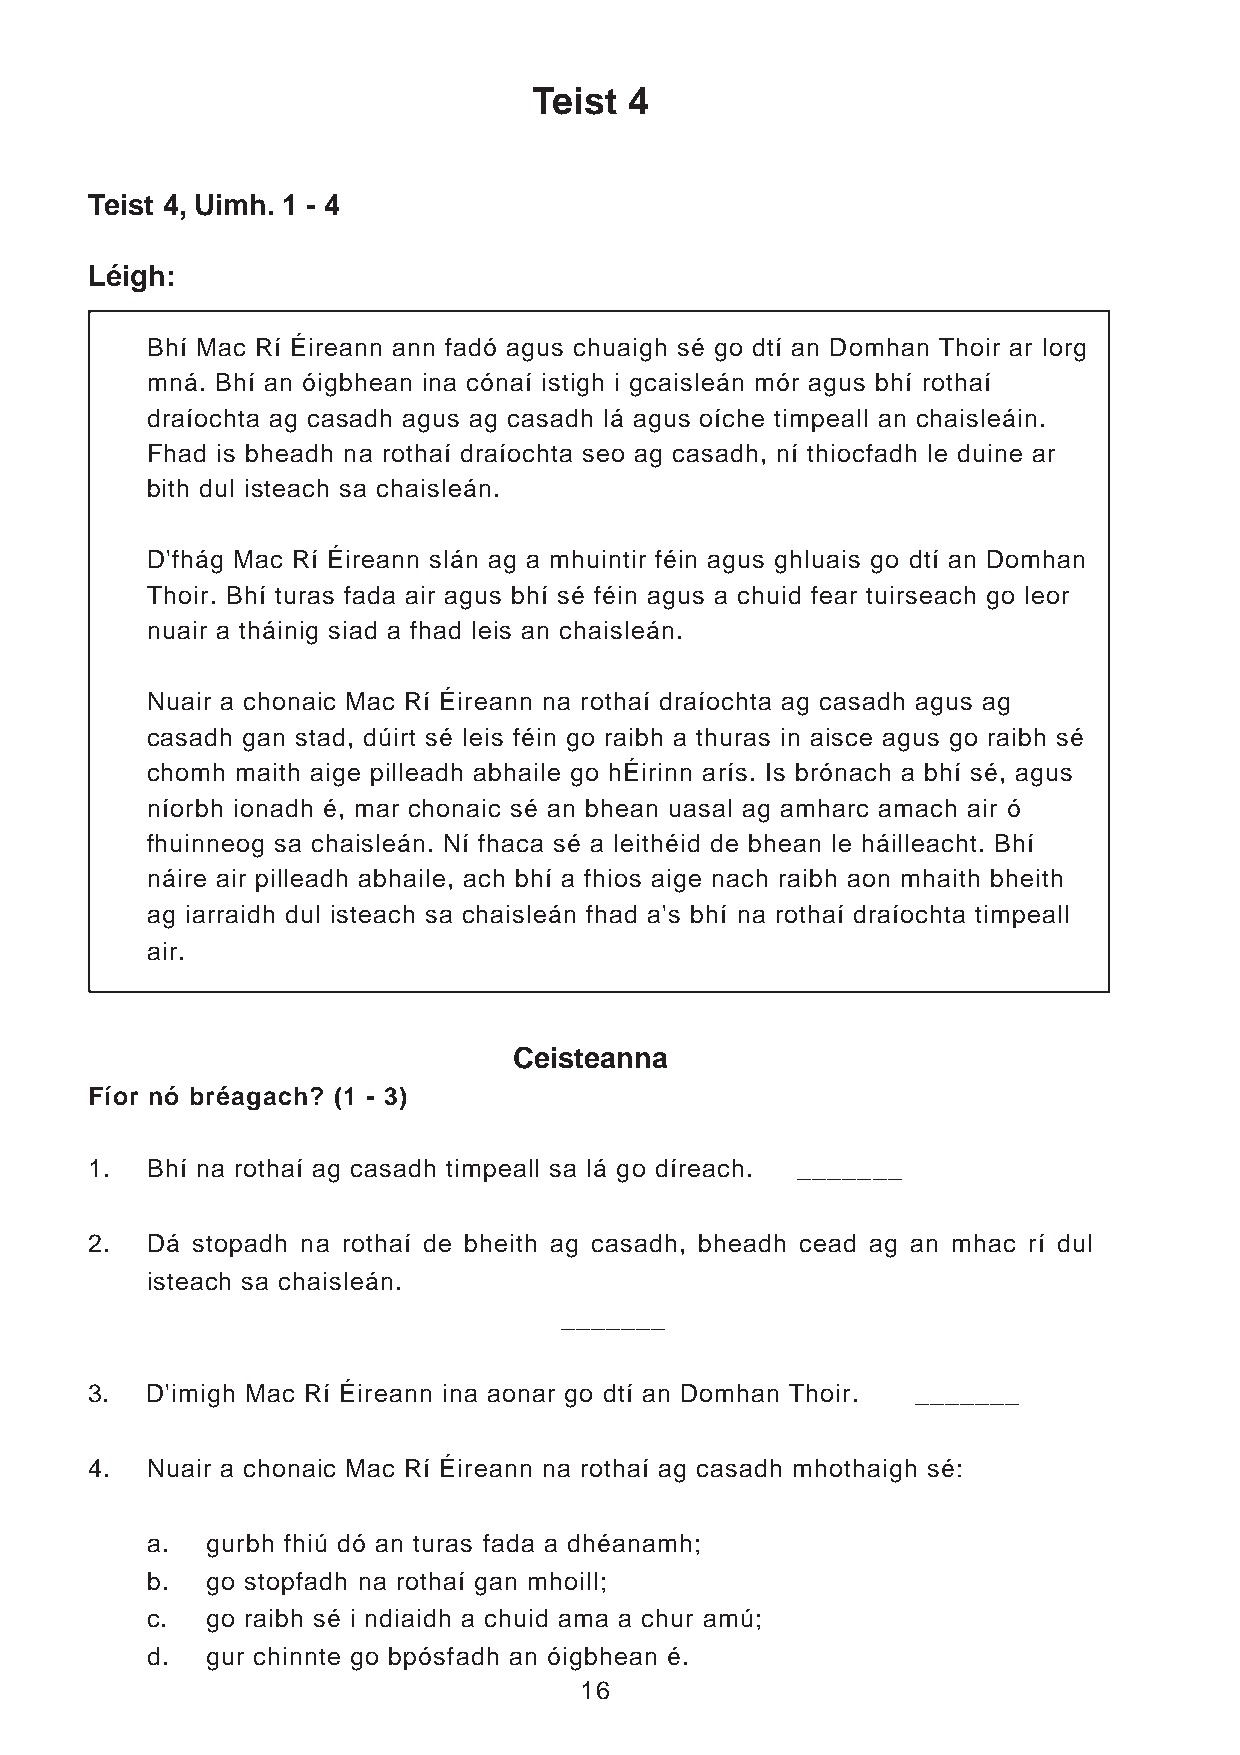
Teist  4
 Teist 4, Uimh. 1 - 4
 Léigh:
 Bhí Mac Rí Éireann ann fadó agus chuaigh sé go dtí an Domhan Thoir ar lorg
 mná. Bhí an óigbhean ina cónaí istigh i gcaisleán mór agus bhí rothaí
 draíochta ag casadh agus ag casadh lá agus oíche timpeall an chaisleáin.
 Fhad is bheadh na rothaí draíochta seo ag casadh, ní thiocfadh le duine ar
 bith dul isteach sa chaisleán.
 D'fhág Mac Rí Éireann slán ag a mhuintir féin agus ghluais go dtí an Domhan
 Thoir. Bhí turas fada air agus bhí sé féin agus a chuid fear tuirseach go leor
 nuair a tháinig siad a fhad leis an chaisleán.
 Nuair a chonaic Mac Rí Éireann na rothaí draíochta ag casadh agus ag
 casadh gan stad, dúirt sé leis féin go raibh a thuras in aisce agus go raibh sé
 chomh maith aige pilleadh abhaile go hÉirinn arís. Is brónach a bhí sé, agus
 níorbh ionadh é, mar chonaic sé an bhean uasal ag amharc amach air ó
 fhuinneog sa chaisleán. Ní fhaca sé a leithéid de bhean le háilleacht. Bhí
 náire air pilleadh abhaile, ach bhí a fhios aige nach raibh aon mhaith bheith
 ag iarraidh dul isteach sa chaisleán fhad a's bhí na rothaí draíochta timpeall
 air.
 Ceisteanna
 Fíor nó bréagach? (1 - 3)
 1.  Bhí na rothaí ag casadh timpeall sa lá go díreach. _______
 2.  Dá stopadh na rothaí de bheith ag casadh, bheadh cead ag an mhac rí dul
 isteach sa chaisleán.
 _______
 3.  D'imigh Mac Rí Éireann ina aonar go dtí an Domhan Thoir. _______
 4.  Nuair a chonaic Mac Rí Éireann na rothaí ag casadh mhothaigh sé:
 a.  gurbh fhiú dó an turas fada a dhéanamh;
 b.  go stopfadh na rothaí gan mhoill;
 c.  go raibh sé i ndiaidh a chuid ama a chur amú;
 d.  gur chinnte go bpósfadh an óigbhean é.
 16